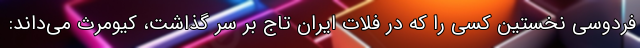
فردوسی نخستین کسی را که در فلات ایران تاج بر سر گذاشت، کیومرث می‌داند: